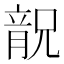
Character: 𱏬